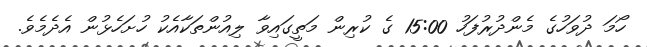
ހޯމަ ދުވަހުގެ މެންދުރުފަހު 15:00 ގެ ކުރިން މަތީގައިވާ ލިއުންތަކާއެކު ހުށަހެޅުން އެދެމެވެ.